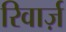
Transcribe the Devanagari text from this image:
रिवार्ज़